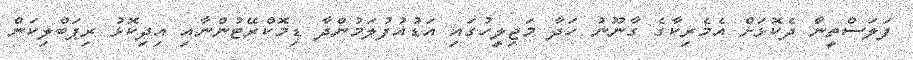
ފަލަސްތީނާ ދެކޮޅަށް އެމެރިކާގެ ގާނޫނު ހަދާ މަޖިލީހުގައި އަޑުއުފުލަމުންދާ ޑިމޮކްރޭޓުންނާއި އިދިކޮޅު ރިޕަބްލިކަން